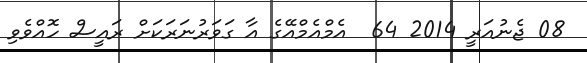
08 ޖެނުއަރީ 2014 64  އެމްއެމްއޭގެ އާ ގަވަރުނަރަކަށް ރައީސް ހޮއްވެވި